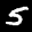
Label: 5